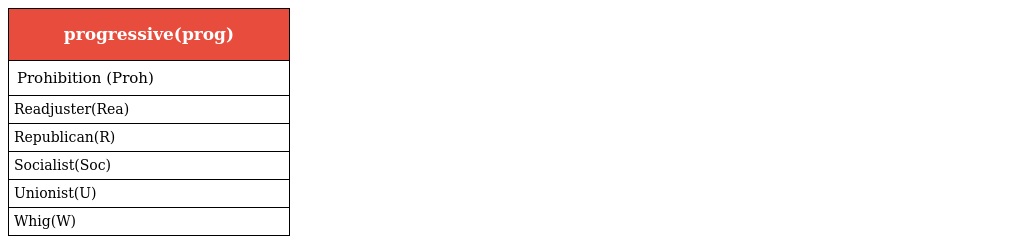
| progressive(prog) |
 | --- |
 | Prohibition (Proh) |
 | Readjuster(Rea) |
 | Republican(R) |
 | Socialist(Soc) |
 | Unionist(U) |
 | Whig(W) |